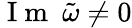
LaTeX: \mathrm{~I~m~}~\tilde{\omega}\neq 0